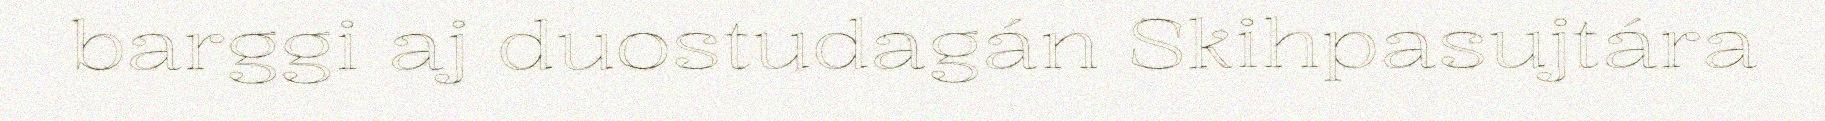
barggi aj duostudagán Skihpasujtára